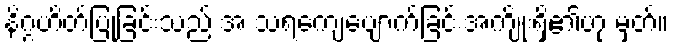
နိဂ္ဂဟိတ်ပြုခြင်းသည် အ သရကျေပျောက်ခြင်းအကျိုးရှိ၏ဟု မှတ်။